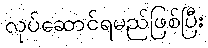
လုပ်ဆောင်ရမည်ဖြစ်ပြီး